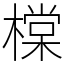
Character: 橖